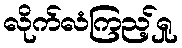
လိုက်လံကြည့်ရှု